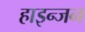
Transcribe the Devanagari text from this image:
हाइन्जन